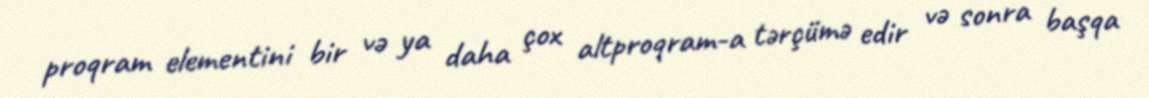
proqram elementini bir və ya daha çox altproqram-a tərçümə edir və sonra başqa